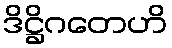
ဒိဋ္ဌိဂတေဟိ